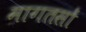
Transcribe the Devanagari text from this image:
मागतसों